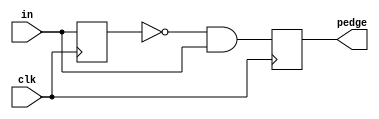
module top_module (
    input clk,
    input [7:0] in,
    output [7:0] pedge
);
    wire [7:0] prev_in;
    always @(posedge clk) begin
        pedge=~prev_in & in;
        prev_in=in;
    end
        

endmodule